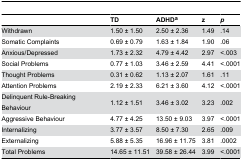
<table><thead><tr><td></td><td><b>TD</b></td><td><b>ADHD<sup>a</sup></b></td><td><b>z</b></td><td><b><i>p</i></b></td></tr></thead><tbody><tr><td>Withdrawn</td><td>1.50 ± 1.50</td><td>2.50 ± 2.36</td><td>1.49</td><td>.14</td></tr><tr><td>Somatic Complaints</td><td>0.69 ± 0.79</td><td>1.63 ± 1.84</td><td>1.90</td><td>.06</td></tr><tr><td>Anxious/Depressed</td><td>1.73 ± 2.32</td><td>4.79 ± 4.42</td><td>2.97</td><td>&lt;.003</td></tr><tr><td>Social Problems</td><td>0.77 ± 1.03</td><td>3.46 ± 2.59</td><td>4.41</td><td>&lt;.0001</td></tr><tr><td>Thought Problems</td><td>0.31 ± 0.62</td><td>1.13 ± 2.07</td><td>1.61</td><td>.11</td></tr><tr><td>Attention Problems</td><td>2.19 ± 2.33</td><td>6.21 ± 3.60</td><td>4.12</td><td>&lt;.0001</td></tr><tr><td>Delinquent Rule-Breaking Behaviour</td><td>1.12 ± 1.51</td><td>3.46 ± 3.02</td><td>3.23</td><td>.002</td></tr><tr><td>Aggressive Behaviour</td><td>4.77 ± 4.25</td><td>13.50 ± 9.03</td><td>3.97</td><td>&lt;.0001</td></tr><tr><td>Internalizing</td><td>3.77 ± 3.57</td><td>8.50 ± 7.30</td><td>2.65</td><td>.009</td></tr><tr><td>Externalizing</td><td>5.88 ± 5.35</td><td>16.96 ± 11.75</td><td>3.81</td><td>.0002</td></tr><tr><td>Total Problems</td><td>14.65 ± 11.51</td><td>39.58 ± 26.44</td><td>3.99</td><td>&lt;.0001</td></tr></tbody></table>